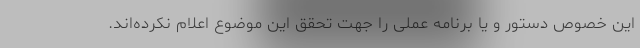
این خصوص دستور و یا برنامه عملی را جهت تحقق این موضوع اعلام نکرده‌اند.